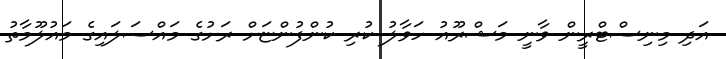
އަދި މިނިސްޓްރީން ވާނީ މަޝްރޫއު ހަވާލު ކުރި ކުންފުންޏަށް ރަށުގެ މައްސަލައިގެ މައުލޫމާތު